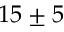
1 5 \pm 5